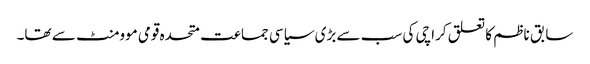
سابق ناظم کا تعلق کراچی کی سب سے بڑی سیاسی جماعت متحدہ قومی موومنٹ سے تھا۔